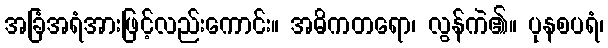
အခြံအရံအားဖြင့်လည်းကောင်း။ အဓိကတရော၊ လွန်ကဲ၏။ ပုနစပရံ၊